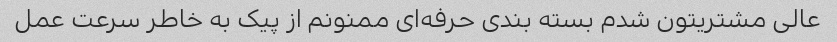
عالی مشتریتون شدم بسته بندی حرفه‌ای ممنونم از پیک به خاطر سرعت عمل